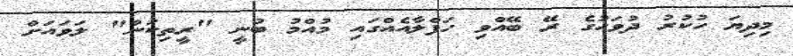
މިދިޔަ ހުކުރު ދުވަހުގެ ރޭ ބޭއްވި ހަފްލާއެއްގައި މުއްމު ބުނީ "ރީތިކަން" ލަވައަށް